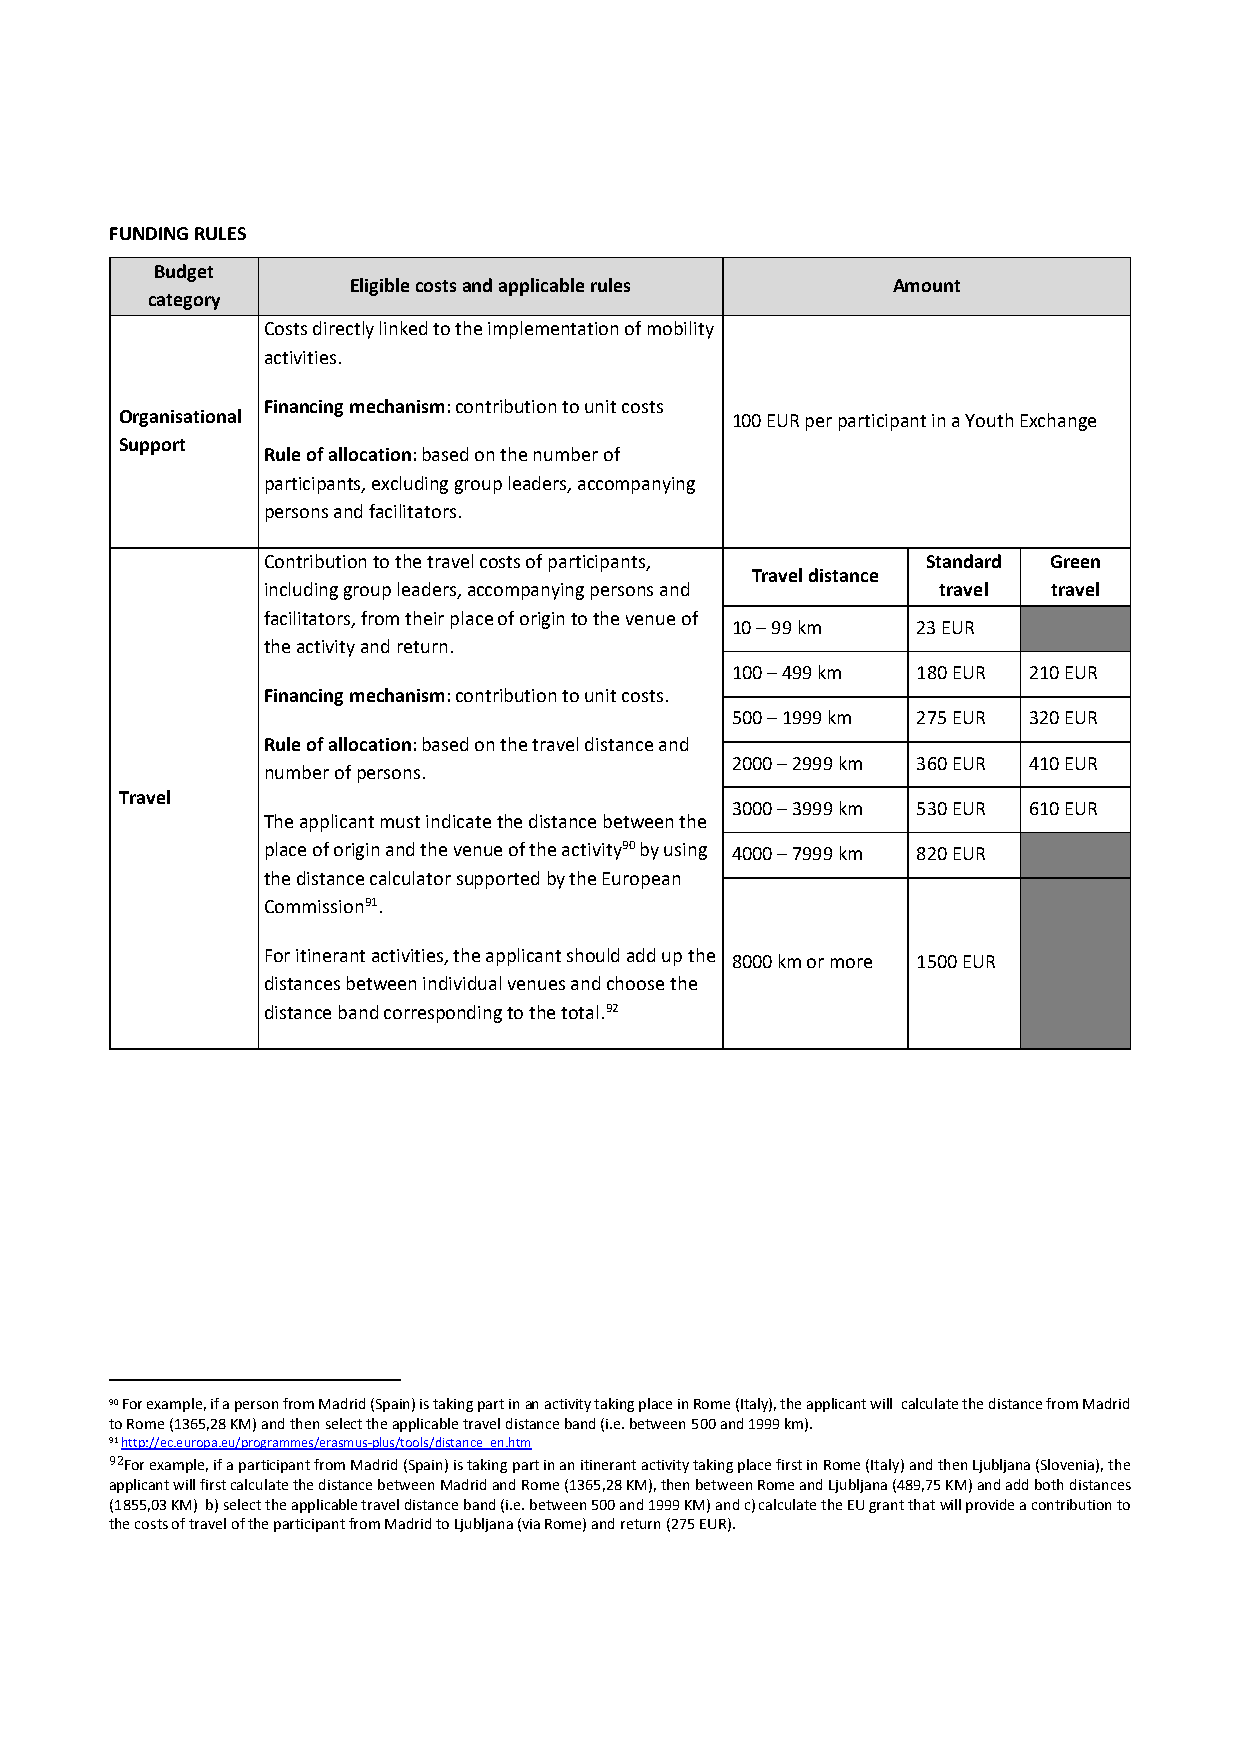
FUNDING RULES
 Budget
 Eligible costs and applicable rules Amount
 category
 Costs directly linked to the implementation of mobility
 activities.
 Financing mechanism: contribution to unit costs
 Organisational                          100 EUR per participant in a Youth Exchange
 Support
 Rule of allocation: based on the number of
 participants, excluding group leaders, accompanying
 persons and facilitators.
 Contribution to the travel costs of participants, Standard Green
 Travel distance
 including group leaders, accompanying persons and travel travel
 facilitators, from their place of origin to the venue of
 10 – 99 km   23 EUR
 the activity and return.
 100 – 499 km 180 EUR 210 EUR
 Financing mechanism: contribution to unit costs.
 500 – 1999 km 275 EUR 320 EUR
 Rule of allocation: based on the travel distance and
 2000 – 2999 km 360 EUR 410 EUR
 number of persons.
 Travel
 3000 – 3999 km 530 EUR 610 EUR
 The applicant must indicate the distance between the
 place of origin and the venue of the activity90 by using 4000 – 7999 km 820 EUR
 the distance calculator supported by the European
 Commission91.
 For itinerant activities, the applicant should add up the
 8000 km or more 1500 EUR
 distances between individual venues and choose the
 distance band corresponding to the total.92
 90 For example, if a person from Madrid (Spain) is taking part in an activity taking place in Rome (Italy), the applicant will calculate the distance from Madrid
 to Rome (1365,28 KM) and then select the applicable travel distance band (i.e. between 500 and 1999 km).
 91 http://ec.europa.eu/programmes/erasmus‐plus/tools/distance_en.htm
 92For example, if a participant from Madrid (Spain) is taking part in an itinerant activity taking place first in Rome (Italy) and then Ljubljana (Slovenia), the
 applicant will first calculate the distance between Madrid and Rome (1365,28 KM), then between Rome and Ljubljana (489,75 KM) and add both distances
 (1855,03 KM) b) select the applicable travel distance band (i.e. between 500 and 1999 KM) and c) calculate the EU grant that will provide a contribution to
 the costs of travel of the participant from Madrid to Ljubljana (via Rome) and return (275 EUR).